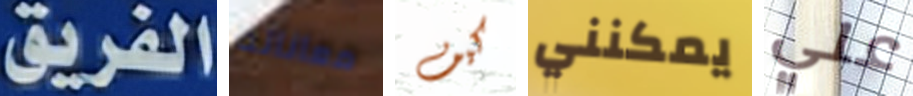
الفريق معاناته كيف يمكنني علي